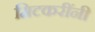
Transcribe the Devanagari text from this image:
मिटकरींनी